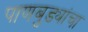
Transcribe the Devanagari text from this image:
पाणबुड्यांचा